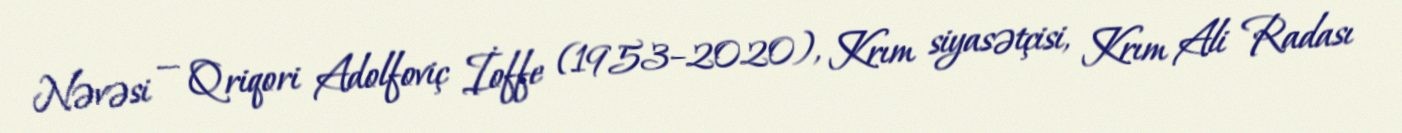
Nəvəsi — Qriqori Adolfoviç İoffe (1953–2020), Krım siyasətçisi, Krım Ali Radası